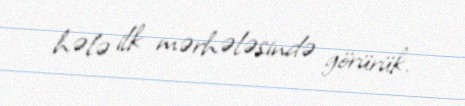
hələ ilk mərhələsində görürük.